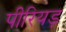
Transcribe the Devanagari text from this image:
पीरियड़